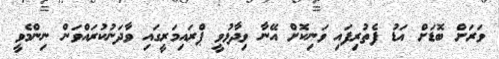
ވަރަށް ބޮޑަށް އަޑު ފެތުރިފައި ވަނިކޮށް އޭނާ ވިދާޅުވީ ޕްރައިމަރީގައި ވާދަނުކުރައްވަން ނިންމެވީ